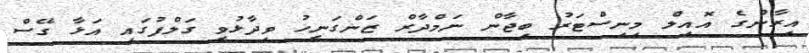
އިރާންގެ އޮއިލް މިނިސްޓަރު ބިޖާން ނަމްދާރް ޒަންގަނީހު ވިދާޅުވީ ގަލްފުގައި އަޅާ ގޭސް